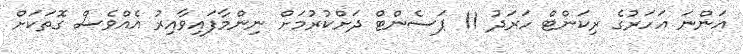
އަންނަ އަހަރުގެ ރިކަންޓް ހަރަދު 11 ޕަސެންޓް ދަށްކުރުމަށް ނިންމާފައިވާއިރު އެއްވެސް ގޮތަކަށް